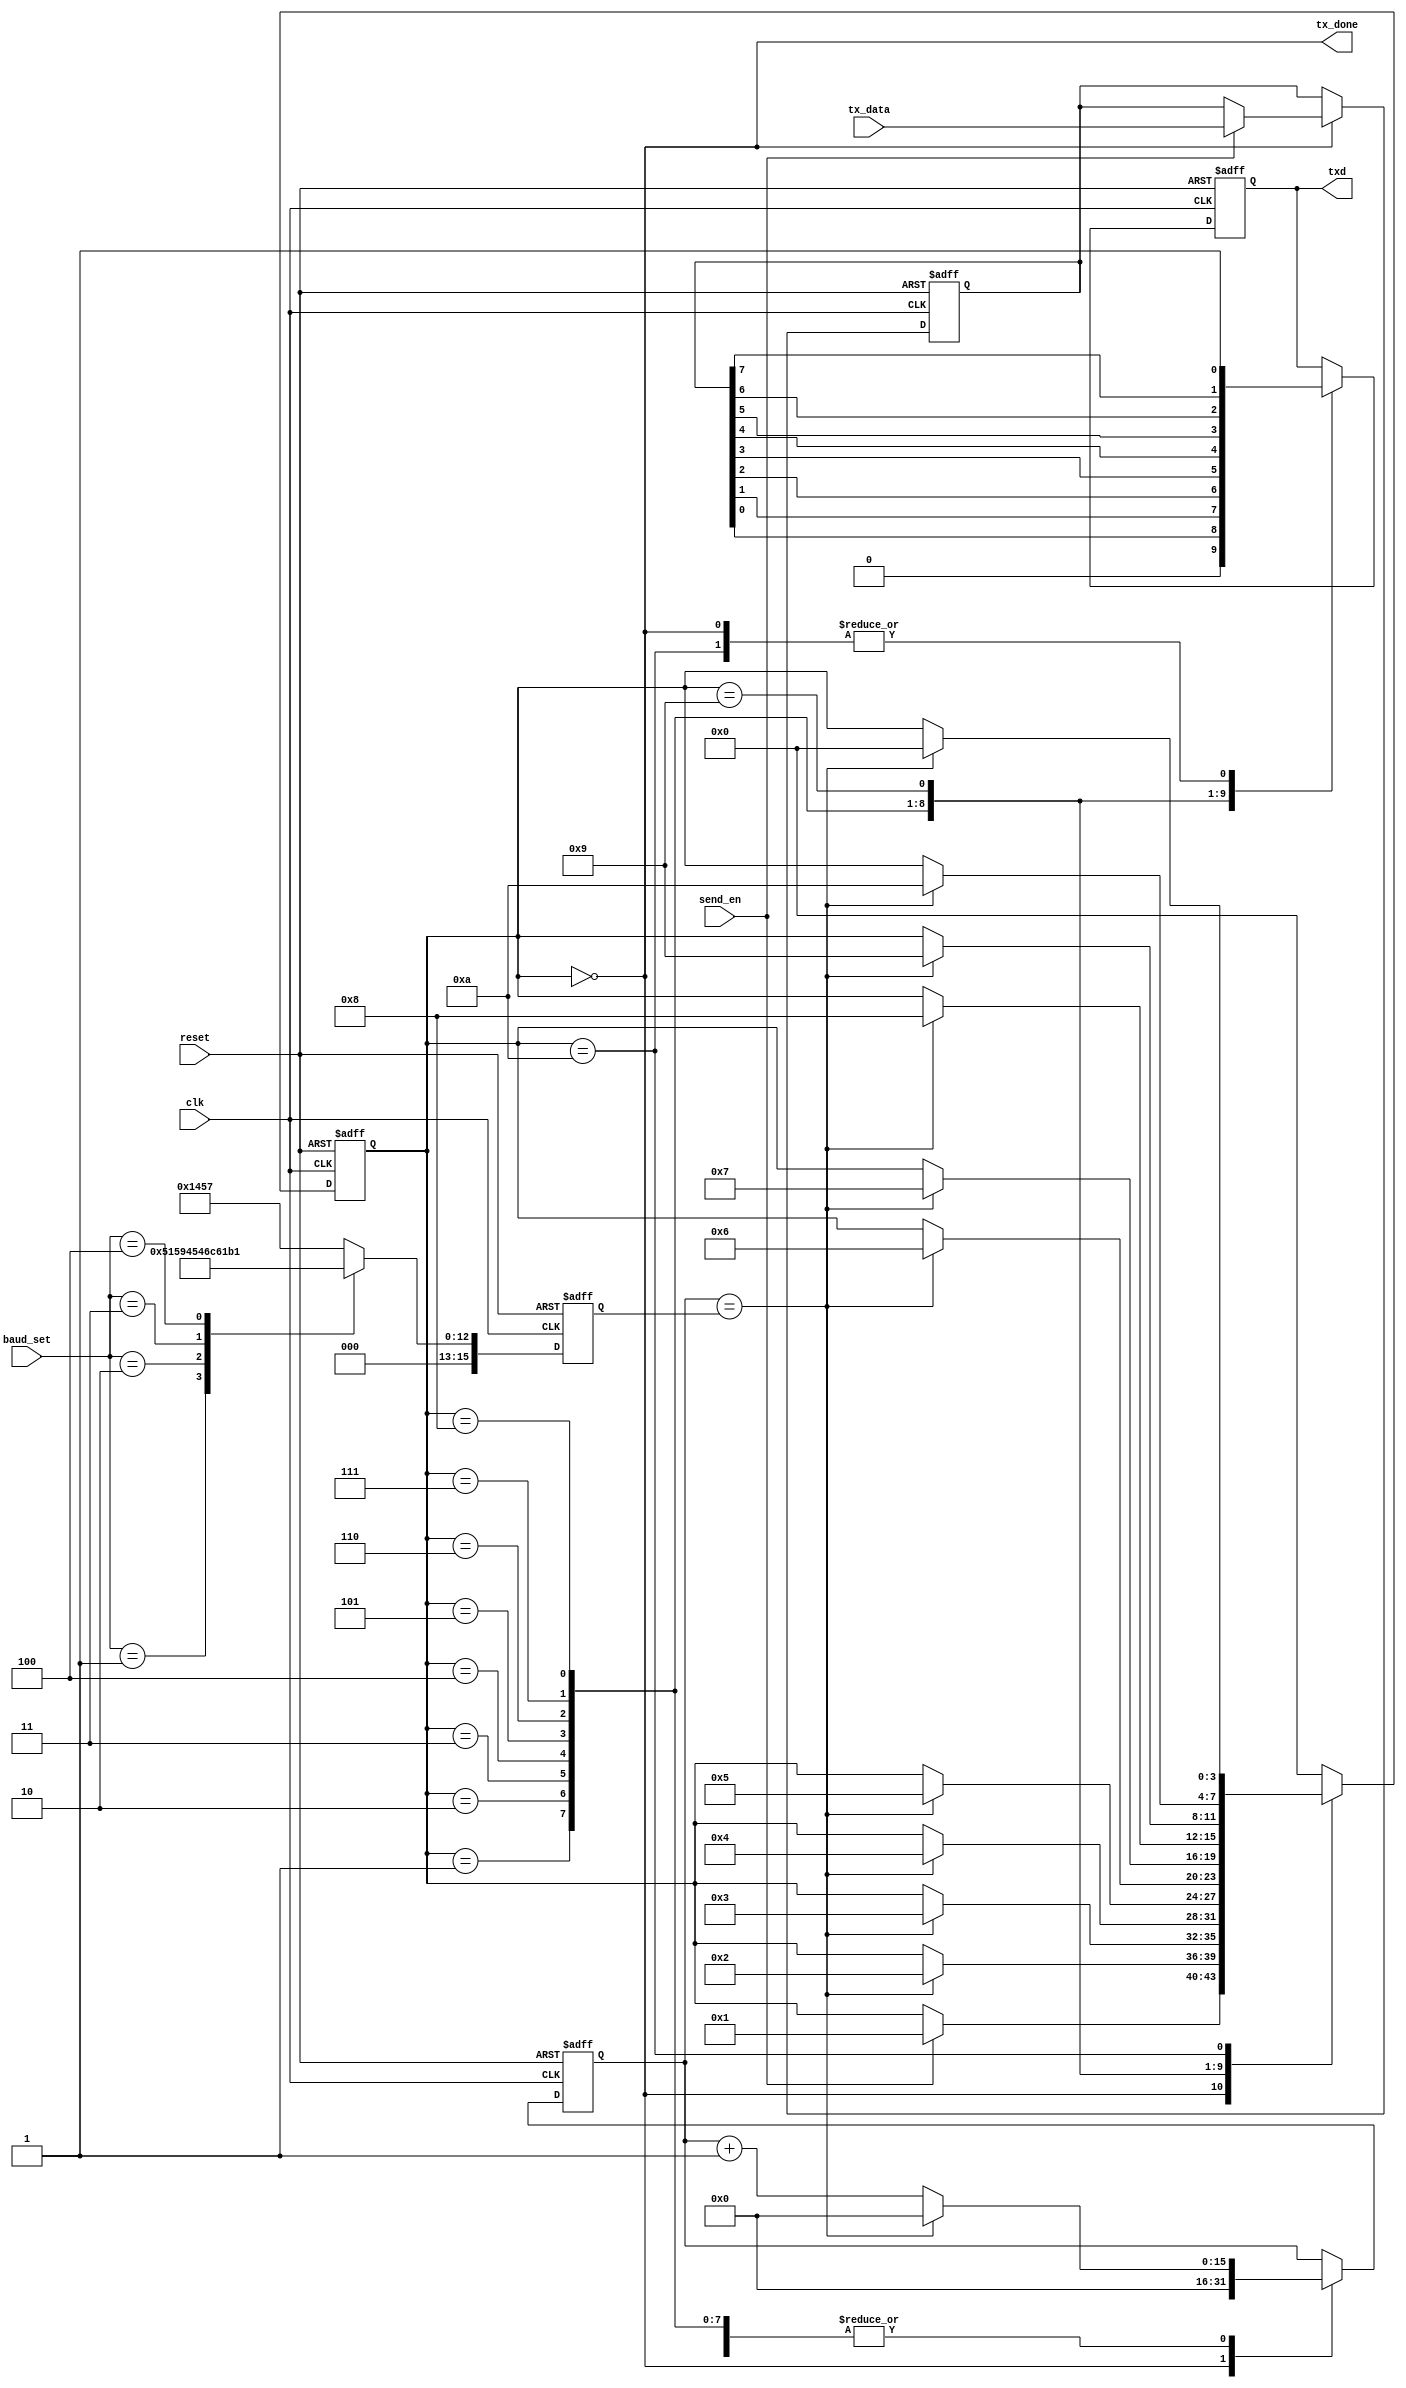
module uart_tx(
	input clk,
	input reset,
	input [2:0] baud_set, //
	input send_en,    	 //
	input [7:0] tx_data,  //8bit
	output reg txd,		 //
	output tx_done 		 //
);

//
reg [3:0] state;
parameter S_IDLE  = 4'd0;
parameter S_START = 4'd1;
parameter S_BIT0  = 4'd2;
parameter S_BIT1  = 4'd3;
parameter S_BIT2  = 4'd4;
parameter S_BIT3  = 4'd5;
parameter S_BIT4  = 4'd6;
parameter S_BIT5  = 4'd7;
parameter S_BIT6  = 4'd8;
parameter S_BIT7  = 4'd9;
parameter S_STOP  = 4'd10;

reg[15:0] bit_cnt;      //
reg[7:0] tx_data_latch; //,8bit
assign tx_done = (state == S_IDLE);

//, bps_DR = 50M/baud_rate, bps_DR1bit
reg [15:0] bps_DR;//
always@(posedge clk or negedge reset) begin
	if(!reset)
		bps_DR <= 16'd5207;
	else
		case(baud_set)
			0:bps_DR <= 16'd5207; //9600
			1:bps_DR <= 16'd2603; //19200
			2:bps_DR <= 16'd1301; //38400
			3:bps_DR <= 16'd867;  //57600
			4:bps_DR <= 16'd433;  //115200
			default:bps_DR <= 16'd5207;			
		endcase
end

always@(posedge clk or negedge reset) begin
	if(!reset) begin
		state <= S_IDLE;
		bit_cnt <= 16'd0;
		txd <= 1'b1;
		tx_data_latch <= 8'h00;
	end
	else begin
		case(state)
			S_IDLE: begin
				txd <= 1'b1;
				bit_cnt <= 16'd0;
				if(send_en) begin
					state <= S_START;
					tx_data_latch <= tx_data;
				end
				else
					state <= state;
			end
			
			S_START: begin
				txd <= 1'b0;
				if(bit_cnt == bps_DR) begin
					state <= S_BIT0;
					bit_cnt <= 16'd0;
				end
				else begin
					state <= state;
					bit_cnt <= bit_cnt + 16'd1;
				end
			end
			
			S_BIT0: begin
				txd <= tx_data_latch[0];
				if(bit_cnt == bps_DR) begin
					state <= S_BIT1;
					bit_cnt <= 16'd0;
				end
				else begin
					state <= state;
					bit_cnt <= bit_cnt + 16'd1;
				end
			end

			S_BIT1: begin
				txd <= tx_data_latch[1];
				if(bit_cnt == bps_DR) begin
					state <= S_BIT2;
					bit_cnt <= 16'd0;
				end
				else begin
					state <= state;
					bit_cnt <= bit_cnt + 16'd1;
				end
			end
	
			S_BIT2: begin
				txd <= tx_data_latch[2];
				if(bit_cnt == bps_DR) begin
					state <= S_BIT3;
					bit_cnt <= 16'd0;
				end
				else begin
					state <= state;
					bit_cnt <= bit_cnt + 16'd1;
				end
			end
		
			S_BIT3: begin
				txd <= tx_data_latch[3];
				if(bit_cnt == bps_DR) begin
					state <= S_BIT4;
					bit_cnt <= 16'd0;
				end
				else begin
					state <= state;
					bit_cnt <= bit_cnt + 16'd1;
				end
			end
		
			S_BIT4: begin
				txd <= tx_data_latch[4];
				if(bit_cnt == bps_DR) begin
					state <= S_BIT5;
					bit_cnt <= 16'd0;
				end
				else begin
					state <= state;
					bit_cnt <= bit_cnt + 16'd1;
				end
			end
		
			S_BIT5: begin
				txd <= tx_data_latch[5];
				if(bit_cnt == bps_DR) begin
					state <= S_BIT6;
					bit_cnt <= 16'd0;
				end
				else begin
					state <= state;
					bit_cnt <= bit_cnt + 16'd1;
				end
			end
		
			S_BIT6: begin
				txd <= tx_data_latch[6];
				if(bit_cnt == bps_DR) begin
					state <= S_BIT7;
					bit_cnt <= 16'd0;
				end
				else begin
					state <= state;
					bit_cnt <= bit_cnt + 16'd1;
				end
			end
		
			S_BIT7: begin
				txd <= tx_data_latch[7];
				if(bit_cnt == bps_DR) begin
					state <= S_STOP;
					bit_cnt <= 16'd0;
				end
				else begin
					state <= state;
					bit_cnt <= bit_cnt + 16'd1;
				end
			end
	
			S_STOP: begin
				txd <= 1'b1;
				if(bit_cnt == bps_DR) begin
					state <= S_IDLE;
					bit_cnt <= 16'd0;
				end
				else begin
					state <= state;
					bit_cnt <= bit_cnt + 16'd1;
				end
			end
			default:
				state <= S_IDLE;
		endcase
	end
end
endmodule